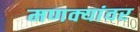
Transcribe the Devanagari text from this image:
मणक्यांवर